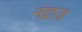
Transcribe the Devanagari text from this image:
नंद्राज